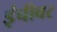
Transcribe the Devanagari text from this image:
इंचीवर